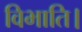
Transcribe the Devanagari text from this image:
विभाति।